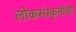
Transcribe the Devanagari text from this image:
लोकसंस्कृतीशी